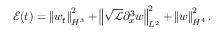
\mathcal { E } ( t ) = \left\| w _ { t } \right\| _ { H ^ { 3 } } ^ { 2 } + \left\| \sqrt { \mathscr { L } } \partial _ { x } ^ { 3 } w \right\| _ { L ^ { 2 } } ^ { 2 } + \left\| w \right\| _ { H ^ { 4 } } ^ { 2 } .